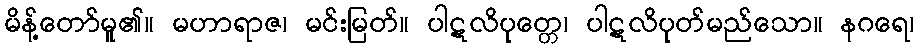
မိန့်တော်မူ၏။ မဟာရာဇ၊ မင်းမြတ်။ ပါဋလိပုတ္တေ၊ ပါဋလိပုတ်မည်သော။ နဂရေ၊